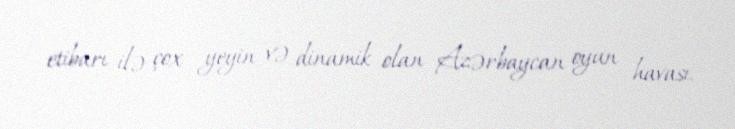
etibarı ilə çox yeyin və dinamik olan Azərbaycan oyun havası.